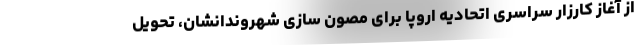
از آغاز کارزار سراسری اتحادیه اروپا برای مصون سازی شهروندانشان، تحویل